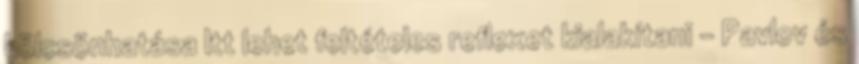
kölcsönhatása Itt lehet feltételes reflexet kialakítani – Pavlov és